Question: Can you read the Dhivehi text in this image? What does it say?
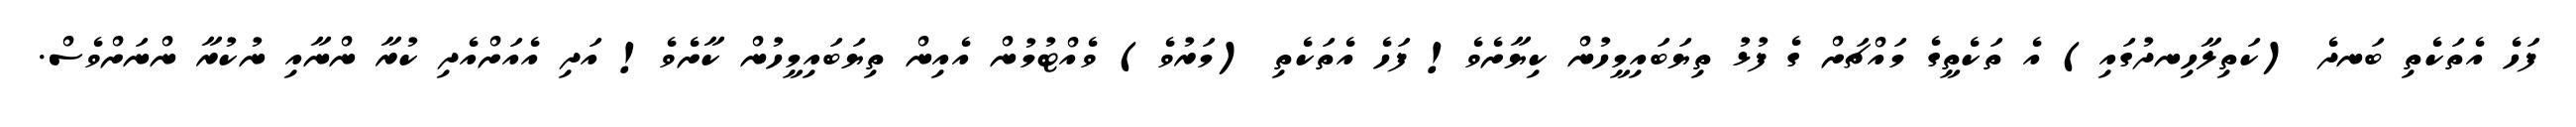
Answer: ފަހެ އެތަކެތި ބަނދެ (ކަތިލާހިނދުގައި) އެ ތަކެތީގެ މައްޗަށް ގެ ފުޅު ތިޔަބައިމީހުން ކިޔާށެވެ! ފަހެ އެތަކެތި (މަރުވެ) ވެއްޓުމުން އެއިން ތިޔަބައިމީހުން ކާށެވެ! އަދި އެއަށްއެދި ކުރާ ންނާއި ނުކުރާ ންނަށްވެސް.